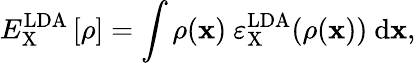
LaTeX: E_{\mathrm{X}}^{\mathrm{LDA}}\left[\rho\right]=\int{\rho({\mathbf x})\ \varepsilon_{\mathrm{X}}^{\mathrm{LDA}}(\rho({\mathbf x}))\ \mathrm{d}{\mathbf x}},